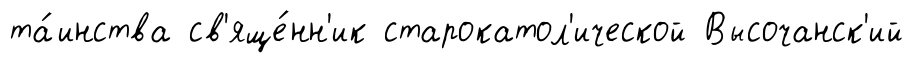
та́инства св'яще́нн'ик старокатол'ической Высочанск'ий